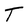
Character: T